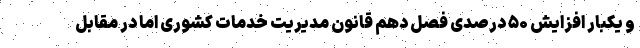
و یکبار افزایش ۵۰ درصدی فصل دهم قانون مدیریت خدمات کشوری اما در مقابل